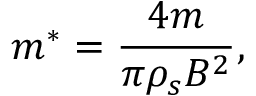
m ^ { * } = \frac { 4 m } { \pi \rho _ { s } B ^ { 2 } } ,